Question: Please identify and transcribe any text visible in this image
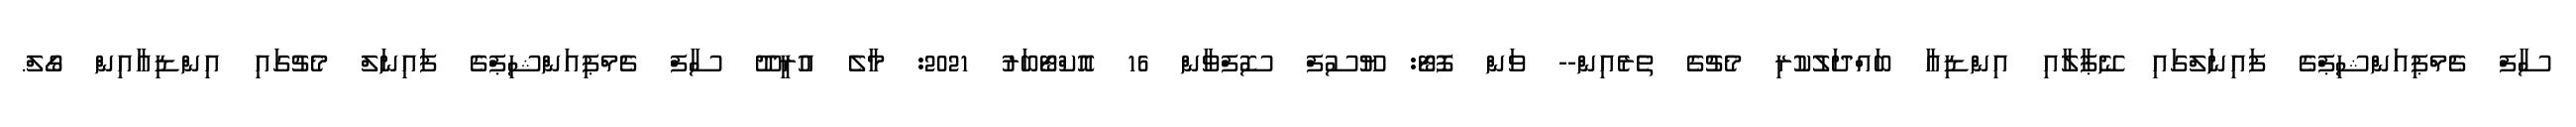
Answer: ސާފް ޗެމްޕިއަންޝިޕްގެ ފައިނަލްގައި ނޭޕާލާއި އިންޑިއާ ބައްދަލުކުރި މެޗުގެ ތެރެއިން-- ވަން ފޮޓޯ: ޔޫސުފް ސޮފްވާން 16 އޮކްޓޯބަރު 2021: މާލެ އުރީދޫ ސާފް ޗެމްޕިއަންޝިޕްގެ ފައިނަލް މެޗުގައި އިންޑިއާއިން ގޯލް.